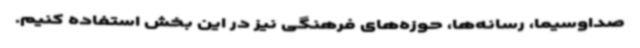
صداوسیما، رسانه‌ها، حوزه‌های فرهنگی نیز در این بخش استفاده کنیم.